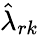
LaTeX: \hat{\lambda}_{rk}